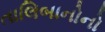
તાલિબાનોનો